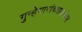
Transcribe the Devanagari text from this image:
गुन्हेगारांच्याबरोबर